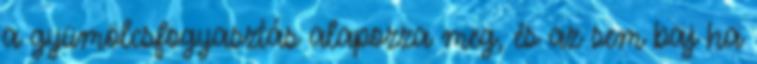
a gyümölcsfogyasztás alapozza meg, és az sem baj ha